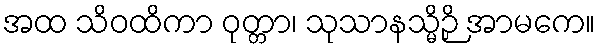
အထ သိဝထိကာ ဝုတ္တာ၊ သုသာနသ္မိဉှိ အာမကေ။